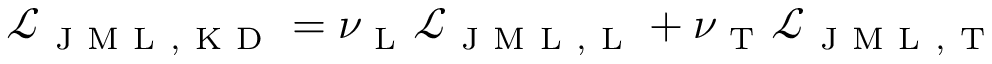
\mathcal { L } _ { \mathrm { ~ J ~ M ~ L ~ , ~ K ~ D ~ } } = \nu _ { \mathrm { ~ L ~ } } \mathcal { L } _ { \mathrm { ~ J ~ M ~ L ~ , ~ L ~ } } + \nu _ { \mathrm { ~ T ~ } } \mathcal { L } _ { \mathrm { ~ J ~ M ~ L ~ , ~ T ~ } }